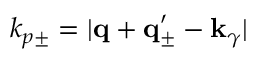
k _ { p \pm } = | { \bf q } + { \bf q } _ { \pm } ^ { \prime } - { \bf k } _ { \gamma } |